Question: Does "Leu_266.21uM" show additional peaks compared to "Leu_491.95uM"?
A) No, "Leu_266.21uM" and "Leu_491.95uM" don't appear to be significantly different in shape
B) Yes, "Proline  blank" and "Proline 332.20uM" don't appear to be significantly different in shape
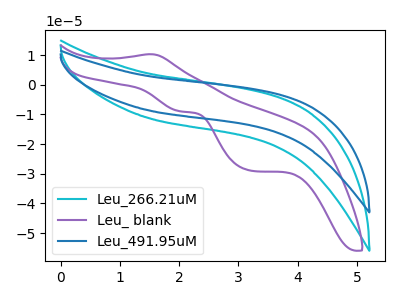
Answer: <think>The cyan curve "Leu_266.21uM" has no peaks. The purple curve "Leu_ blank" has an anodic peak at (1.55V, 10.30uA) and cathodic peaks at (2.00V, -9.00uA) (3.20V, -28.95uA). The blue curve "Leu_491.95uM" has no peaks.
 Neither "Leu_266.21uM" or "Leu_491.95uM" have any peaks.</think>
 <answer>A) No, "Leu_266.21uM" and "Leu_491.95uM" don't appear to be significantly different in shape</answer>
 <eval>A</eval>